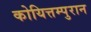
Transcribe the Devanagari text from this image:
कोयित्तम्पुरान